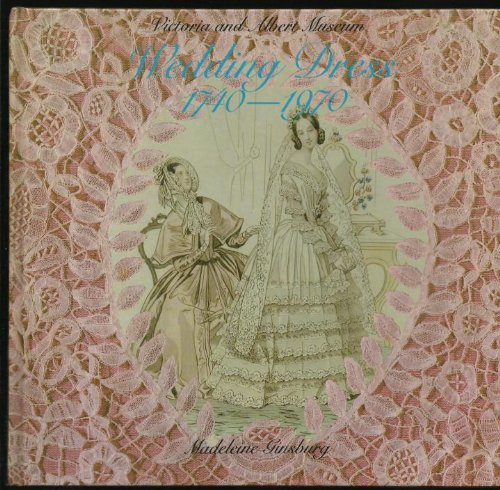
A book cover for Victoria and Albert Museum: Wedding Dress, 1740-1970; Madeleine Ginsburg; Crafts, Hobbies & Home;